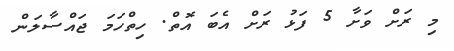
މި ރަށް ވަށާ 5 ފަޅު ރަށް އެބަ އޮތް. ހިތްހަމަ ޖައްސާލަން